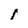
Character: i